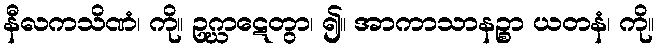
နီလကသိဏံ၊ ကို။ ဥဂ္ဃာဋေတွာ၊ ၍။ အာကာသာနဉ္စာ ယတနံ၊ ကို။